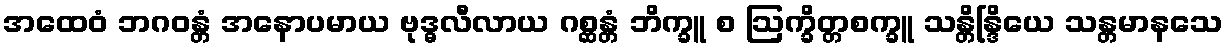
အထေဝံ ဘဂဝန္တံ အနောပမာယ ဗုဒ္ဓလီလာယ ဂစ္ဆန္တံ ဘိက္ခူ စ ဩက္ခိတ္တစက္ခူ သန္တိန္ဒြိယေ သန္တမာနသေ